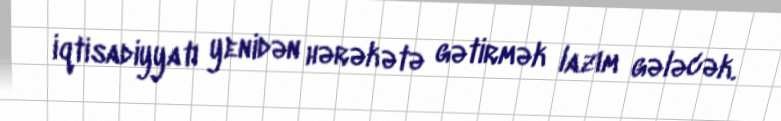
iqtisadiyyatı yenidən hərəkətə gətirmək lazım gələcək.